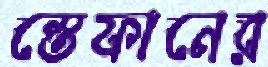
স্তেফানের